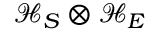
\mathcal { H } _ { S } \otimes \mathcal { H } _ { E }